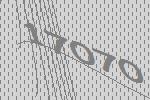
17070